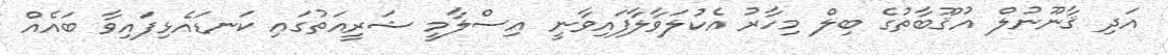
އަދި ޤާނޫނުލް އުޤޫބާތުގެ ބިލް މިހާރު އެކުލަވާލާފައިވާނީ އިސްލާމީ ޝަރީއަތުގައި ކަނޑައެޅިފައިވާ ބައެއް